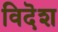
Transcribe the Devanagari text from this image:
विदॆश